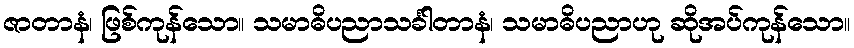
ဇာတာနံ၊ ဖြစ်ကုန်သော။ သမာဓိပညာသင်္ခါတာနံ၊ သမာဓိပညာဟု ဆိုအပ်ကုန်သော။